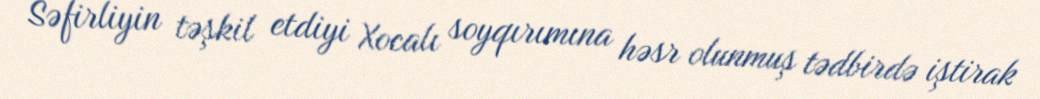
Səfirliyin təşkil etdiyi Xocalı soyqırımına həsr olunmuş tədbirdə iştirak